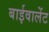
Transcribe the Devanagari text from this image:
बाईवालेंट